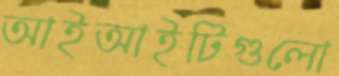
আইআইটিগুলো